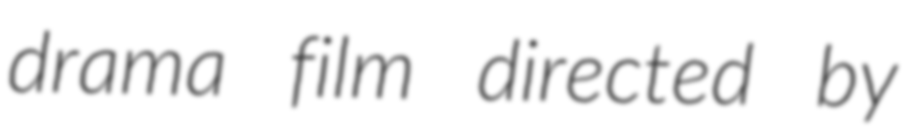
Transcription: drama film directed by